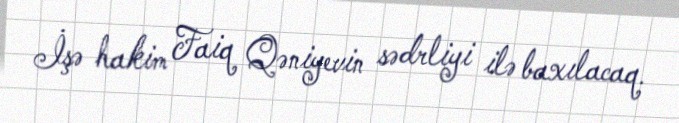
İşə hakim Faiq Qəniyevin sədrliyi ilə baxılacaq.